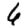
Digit: 6